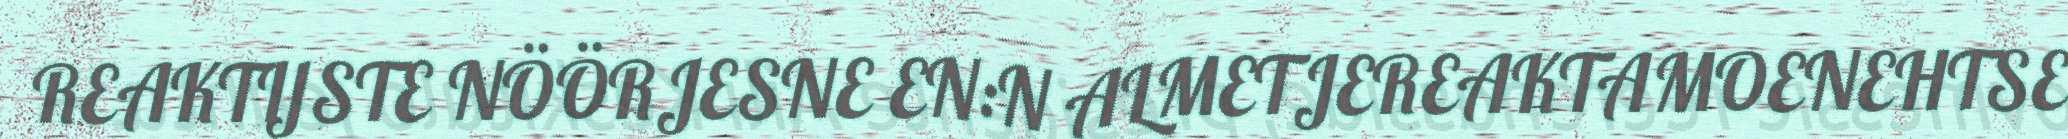
REAKTIJSTE NÖÖRJESNE EN:N ALMETJEREAKTAMOENEHTSE